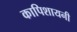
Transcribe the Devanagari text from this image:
कापिशायनी